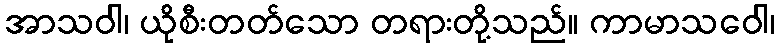
အာသဝါ၊ ယိုစီးတတ်သော တရားတို့သည်။ ကာမာသဝေါ၊